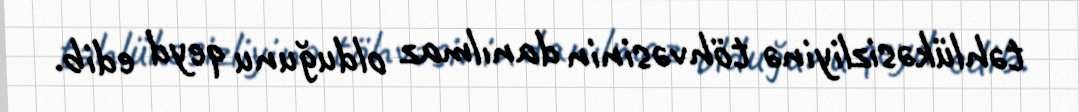
təhlükəsizliyinə töhvəsinin danılmaz olduğunu qeyd edib.